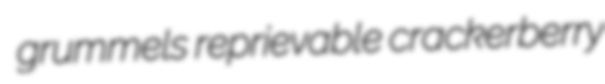
grummels reprievable crackerberry